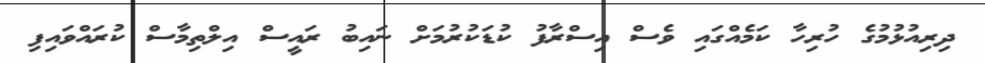
ދިރިއުޅުމުގެ ހުރިހާ ކަމެއްގައި ވެސް އިސްރާފު ކުޑަކުރުމަށް ނައިބު ރައީސް އިލްތިމާސް ކުރައްވައިފި